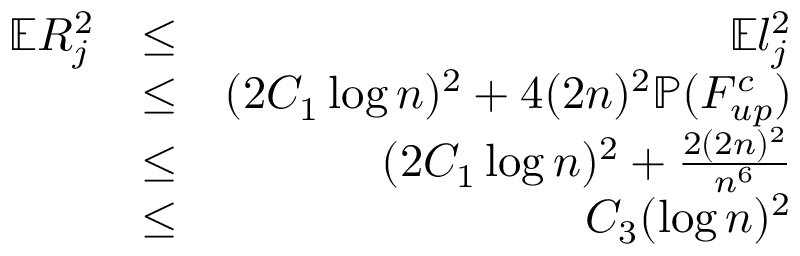
\begin{array} { r l r } { \mathbb { E } R _ { j } ^ { 2 } } & { \leq } & { \mathbb { E } l _ { j } ^ { 2 } } \\ & { \leq } & { ( 2 C _ { 1 } \log { n } ) ^ { 2 } + 4 ( 2 n ) ^ { 2 } \mathbb { P } ( F _ { u p } ^ { c } ) } \\ & { \leq } & { ( 2 C _ { 1 } \log { n } ) ^ { 2 } + \frac { 2 ( 2 n ) ^ { 2 } } { n ^ { 6 } } } \\ & { \leq } & { C _ { 3 } ( \log { n } ) ^ { 2 } } \end{array}